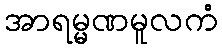
အာရမ္မဏမူလကံ